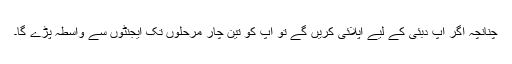
چنانچہ اگر آپ دبئی کے لیے اپلائی کریں گے تو آپ کو تین چار مرحلوں تک ایجنٹوں سے واسطہ پڑے گا۔